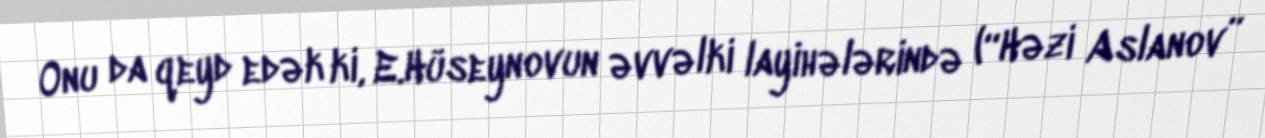
Onu da qeyd edək ki, E.Hüseynovun əvvəlki layihələrində (“Həzi Aslanov”